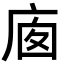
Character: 𢈣